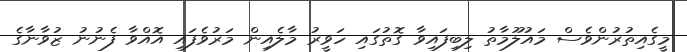
މީގެއިތުރުންވެސް މައުލޫމާތު ލިބިފައިވާ ގޮތުގައި ހަވީރު މާލެއިން މަރުވެފައި އޮއްވާ ފެނުނު ޒުވާނާގެ